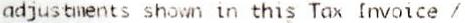
ADJUSTMENTS SHOWN IN THIS TAX INVOICE /